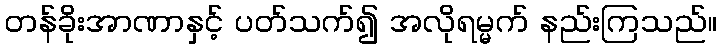
တန်ခိုးအာဏာနှင့် ပတ်သက်၍ အလိုရမ္မက် နည်းကြသည်။